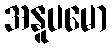
အနူပမော